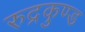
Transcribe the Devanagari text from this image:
रुद्रकुण्ड